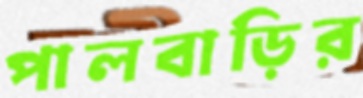
পালবাড়ির